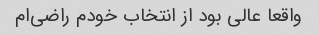
واقعا عالی بود از انتخاب خودم راضی‌ام